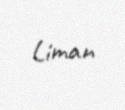
Liman